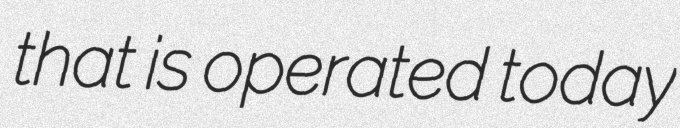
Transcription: that is operated today